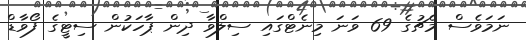
ނަމަވެސް މެޗުގެ 69 ވަނަ މިނެޓްގައި ސިލްވާ ދިން ޕާހަކުން ސިޓީގެ ފޯވާޑް